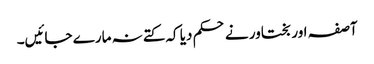
آصفہ اور بختاور نے حکم دیا کہ کتے نہ مارے جائیں۔